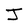
Character: J